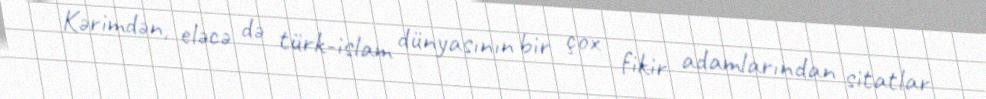
Kərimdən, eləcə də türk-islam dünyasının bir çox fikir adamlarından sitatlar